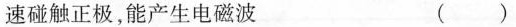
速碰触正极，能产生电磁波 ()